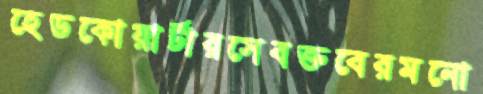
হেডকোয়ার্টারসেবক্তবেরমনো